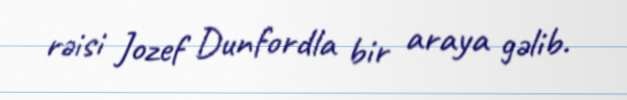
rəisi Jozef Dunfordla bir araya gəlib.